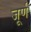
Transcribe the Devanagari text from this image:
जूर्ण